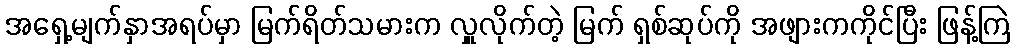
အရှေ့မျက်နှာအရပ်မှာ မြက်ရိတ်သမားက လှူလိုက်တဲ့ မြက် ရှစ်ဆုပ်ကို အဖျားကကိုင်ပြီး ဖြန့်ကြဲ